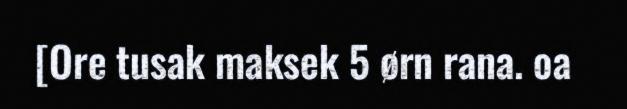
[Ore tusak maksek 5 ørn rana. oa